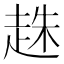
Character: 趎